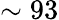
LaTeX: \sim 93